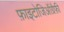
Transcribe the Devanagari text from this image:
फ़ाइटोजिऑग्रैफ़ी